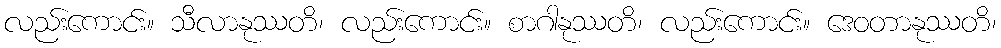
လည်းကောင်း။ သီလာနုဿတိ၊ လည်းကောင်း။ စာဂါနုဿတိ၊ လည်းကောင်း။ ဒေဝတာနုဿတိ၊